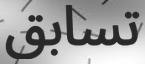
تسابق